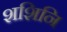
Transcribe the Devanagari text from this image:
शशिनि